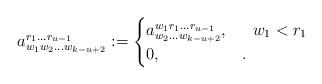
LaTeX: \begin{align*} a_{w_1w_2\dots w_{k-u+2}}^{r_1\dots r_{u-1}} := \begin{cases} a_{w_2\dots w_{k-u+2}}^{w_1r_1\dots r_{u-1}},&\ \ w_1< r_1 \\ 0,& . \end{cases}\end{align*}